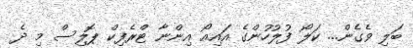
ބަލި ވެގެން... ކަލޯ ފުލުހުންގެ އައިއޯ އިންނާ ޓްރެފިކް ޕޮލިސް މި ދެ